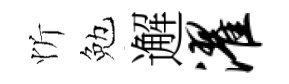
忻勉邂濯